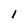
Character: 1